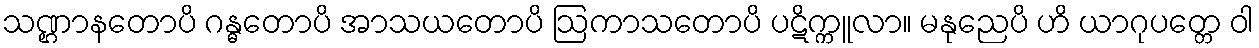
သဏ္ဌာနတောပိ ဂန္ဓတောပိ အာသယတောပိ ဩကာသတောပိ ပဋိက္ကူလာ။ မနုညေပိ ဟိ ယာဂုပတ္တေ ဝါ